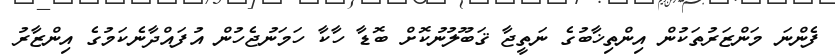
ފެންނަ މަންޒަރުތަކުން އިންތިޚާބުގެ ނަތީޖާ ޤަބޫލުނުކޮށް ބޮޑާ ހާކާ ހަމަނުޖެހުން އުފައްދާނެކަމުގެ އިންޒާރު